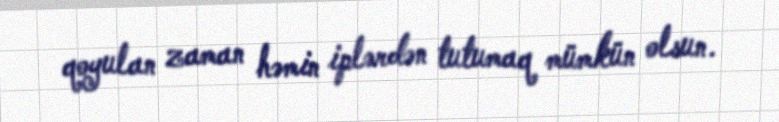
qoyulan zaman həmin iplərdən tutumaq mümkün olsun.